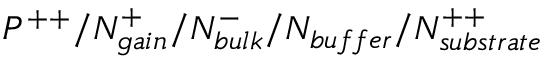
P ^ { + + } / N _ { g a i n } ^ { + } / N _ { b u l k } ^ { - } / N _ { b u f f e r } / N _ { s u b s t r a t e } ^ { + + }